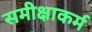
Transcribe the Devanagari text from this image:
समीक्षाकर्म